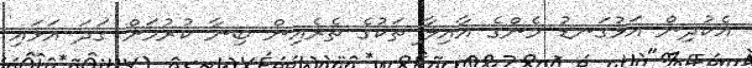
އެކުދިން އަޅުގަނޑު މެންގެ އާއިލާ ތަކުގެ ތެރެއިން ބިނާ ކުރުމަށް ގަދަ އަޅައި